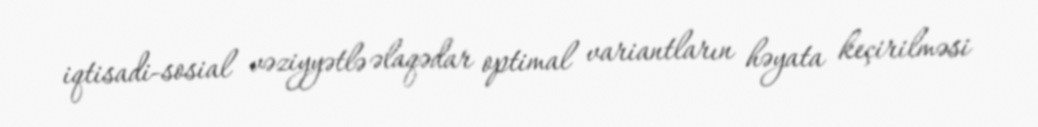
iqtisadi-sosial vəziyyətlə əlaqədar optimal variantların həyata keçirilməsi